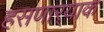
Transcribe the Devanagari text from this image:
हसणार्‍याक